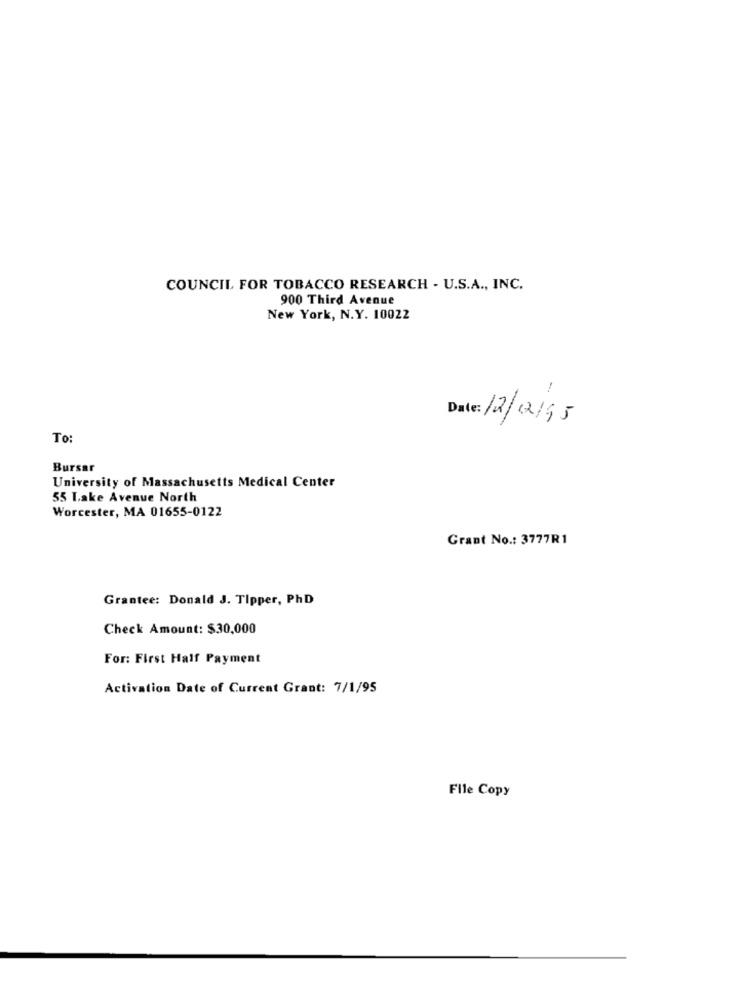
COUNCIL FOR TOBACCO RESEARCH - U.S.A ., INC.
900 Third Avenue
New York, N.Y. 10022
Date: 12/12/95
To:
Bursar
University of Massachusetts Medical Center
55 Lake Avenue North
Worcester, MA 01655-0122
Grant No .: 3777R1
Grantee: Donald J. Tipper, PhD
Check Amount: $30,000
For: First Half Payment
Activation Date of Current Grant: 7/1/95
File Copy